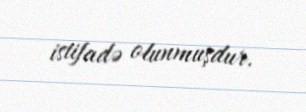
istifadə olunmuşdur.